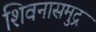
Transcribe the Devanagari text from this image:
शिवनासमुद्र